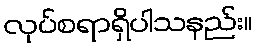
လုပ်စရာရှိပါသနည်း။